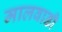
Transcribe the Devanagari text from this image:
मालवाडी